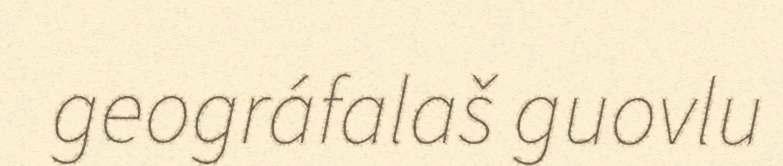
geográfalaš guovlu